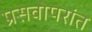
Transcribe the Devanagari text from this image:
प्रसवोपरांत